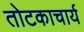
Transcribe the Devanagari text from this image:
तोटकाचार्य